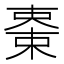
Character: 𣕤